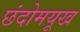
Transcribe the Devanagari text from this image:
छंदोमयूख